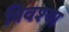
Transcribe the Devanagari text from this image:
पिवश्या